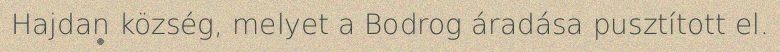
Hajdan község, melyet a Bodrog áradása pusztított el.